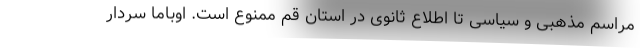
مراسم مذهبی و سیاسی تا اطلاع ثانوی در استان قم ممنوع است. اوباما سردار